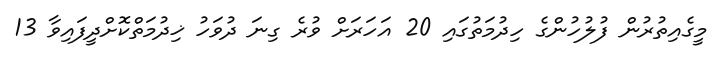
މީގެއިތުރުން ފުލުހުންގެ ހިދުމަތުގައި 20 އަހަރަށް ވުރެ ގިނަ ދުވަހު ޚިދުމަތްކޮށްދީފައިވާ 13